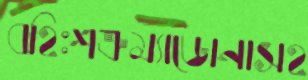
বহিঃশত্রুম্যাডোনাসহ